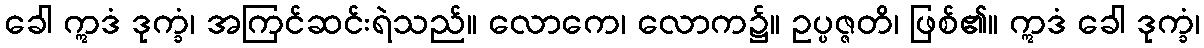
ခေါ ဣဒံ ဒုက္ခံ၊ အကြင်ဆင်းရဲသည်။ လောကေ၊ လောက၌။ ဥပ္ပဇ္ဇတိ၊ ဖြစ်၏။ ဣဒံ ခေါ ဒုက္ခံ၊